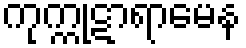
ကုက္ကုဋာရာမေန